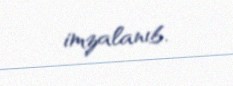
imzalanıb.